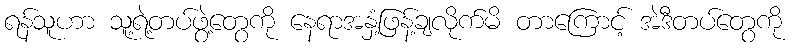
ရန်သူဟာ သူ့ရဲ့တပ်ဖွဲ့တွေကို နေရာအနှံ့ဖြန့်ချလိုက်မိ တာကြောင့် အဲဒီတပ်တွေကို